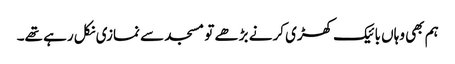
ہم بھی وہاں بائیک کھڑی کرنے بڑھے تو مسجد سے نمازی نکل رہے تھے۔